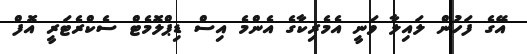
އޭގެ ފަހުން ލައިލާ ވަނީ އެމެރިކާގެ އެންމެ އިސް ޑިޕްލޮމެޓް ސެކްރެޓަރީ އޮފް